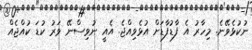
ނުކުޅެވޭނެ. މިހާރު އެ ފާޑުފާޑަށް އުޅެވިއްޖެ. އެއީ ނުވިސްނޭ ވަރު ކުޑަ ކުއްޖެއް